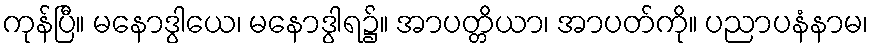
ကုန်ပြီ။ မနောဒွါယေ၊ မနောဒွါရ၌။ အာပတ္တိယာ၊ အာပတ်ကို။ ပညာပနံနာမ၊